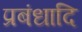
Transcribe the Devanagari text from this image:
प्रबंधादि